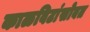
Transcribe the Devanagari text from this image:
काळविटांसोबत